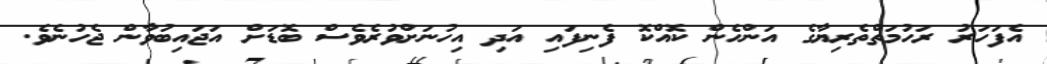
އެފަހަރު ރަހުމަތްތެރިޔާގެ އަންހެން ކޮއްކޮ ފެނިފައި އަދި އިިހުނަށްވުރެވެސް ބޮޑަށް އަޖައިބުވާން ޖެހުނެވެ.